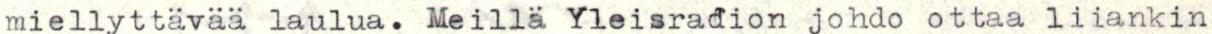
miellyttävää laulua. Meillä Yleisradion johdo ottaa liiankin